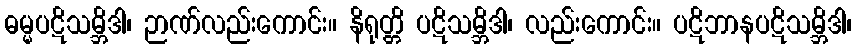
ဓမ္မပဋိသမ္ဘိဒါ၊ ဉာဏ်လည်းကောင်း။ နိရုတ္တိ ပဋိသမ္ဘိဒါ၊ လည်းကောင်း။ ပဋိဘာနပဋိသမ္ဘိဒါ၊